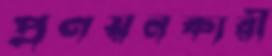
প্রণয়নকারী